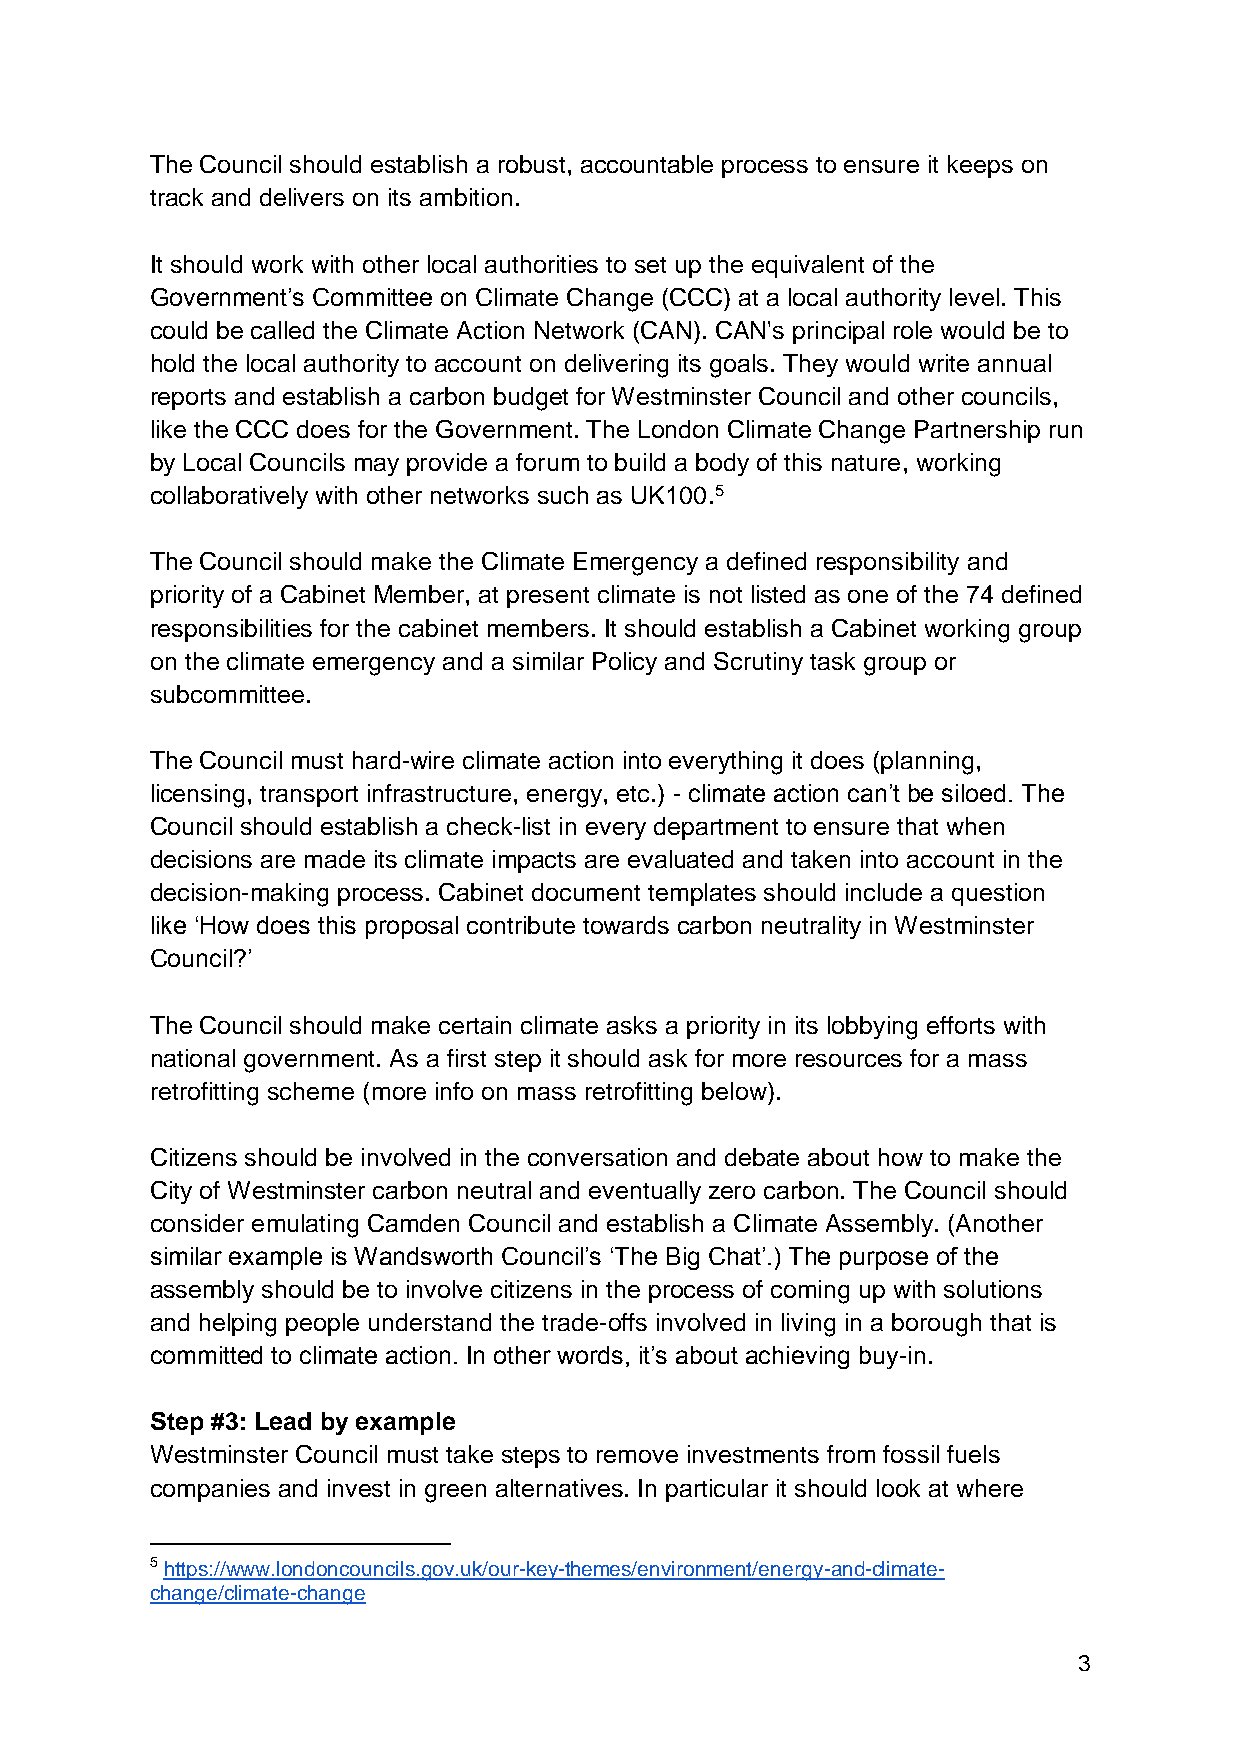
The Council should establish a robust, accountable process to ensure it keeps on
 track and delivers on its ambition.
 It should work with other local authorities to set up the equivalent of the
 Government’s Committee on Climate Change (CCC) at a local authority level. This
 could be called the Climate Action Network (CAN). CAN's principal role would be to
 hold the local authority to account on delivering its goals. They would write annual
 reports and establish a carbon budget for Westminster Council and other councils,
 like the CCC does for the Government. The London Climate Change Partnership run
 by Local Councils may provide a forum to build a body of this nature, working
 collaboratively with other networks such as UK100.5
 The Council should make the Climate Emergency a defined responsibility and
 priority of a Cabinet Member, at present climate is not listed as one of the 74 defined
 responsibilities for the cabinet members. It should establish a Cabinet working group
 on the climate emergency and a similar Policy and Scrutiny task group or
 subcommittee.
 The Council must hard-wire climate action into everything it does (planning,
 licensing, transport infrastructure, energy, etc.) - climate action can’t be siloed. The
 Council should establish a check-list in every department to ensure that when
 decisions are made its climate impacts are evaluated and taken into account in the
 decision-making process. Cabinet document templates should include a question
 like ‘How does this proposal contribute towards carbon neutrality in Westminster
 Council?’
 The Council should make certain climate asks a priority in its lobbying efforts with
 national government. As a first step it should ask for more resources for a mass
 retrofitting scheme (more info on mass retrofitting below).
 Citizens should be involved in the conversation and debate about how to make the
 City of Westminster carbon neutral and eventually zero carbon. The Council should
 consider emulating Camden Council and establish a Climate Assembly. (Another
 similar example is Wandsworth Council’s ‘The Big Chat’.) The purpose of the
 assembly should be to involve citizens in the process of coming up with solutions
 and helping people understand the trade-offs involved in living in a borough that is
 committed to climate action. In other words, it’s about achieving buy-in.
 Step #3: Lead by example
 Westminster Council must take steps to remove investments from fossil fuels
 companies and invest in green alternatives. In particular it should look at where
 5 https://www.londoncouncils.gov.uk/our-key-themes/environment/energy-and-climate-
 change/climate-change
 3